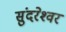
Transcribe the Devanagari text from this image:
सुंदरेश्‍वर